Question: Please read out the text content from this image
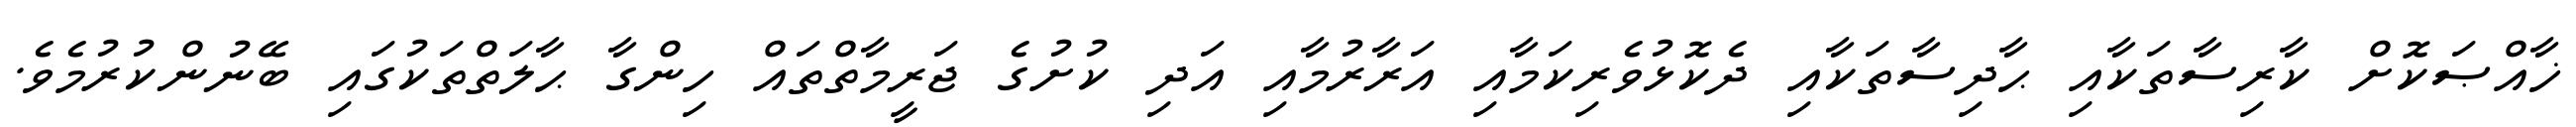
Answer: ޚާއްޞަކޮށް ކާރިސާތަކާއި ޙާދިސާތަކާއި ދެކޮޅުވެރިކަމާއި އަރާރުމާއި އަދި ކުށުގެ ޖަރީމާތްތައް ހިންގާ ޙާލަތްތަކުގައި ބޭނުންކުރުމެވެ.